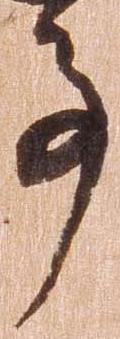
亊